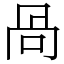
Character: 咼